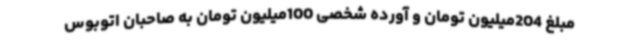
مبلغ 204میلیون تومان و آورده شخصی 100میلیون تومان به صاحبان اتوبوس